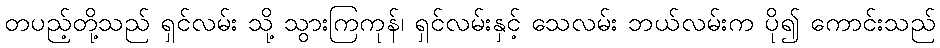
တပည့်တို့သည် ရှင်လမ်း သို့ သွားကြကုန်၊ ရှင်လမ်းနှင့် သေလမ်း ဘယ်လမ်းက ပို၍ ကောင်းသည်